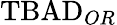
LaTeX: \mathrm{TBAD}_{OR}